Annual statistical returns and brief notes on vaccination in Bengal - 1887-1898
Year: 1887
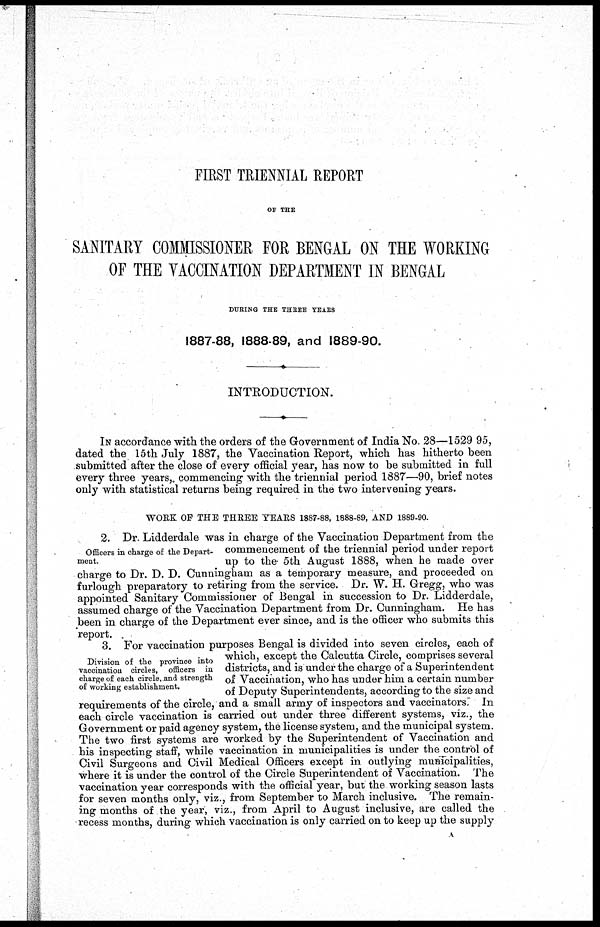
FIRST TRIENNIAL REPORT
OF THE
SANITARY COMMISSIONER FOR BENGAL ON THE WORKING
OF THE VACCINATION DEPARTMENT IN BENGAL
DURING THE THREE YEARS
1887-88, 1888-89, and 1889-90.
INTRODUCTION.
IN accordance with the orders of the Government of India No. 28—1529 95,
dated the 15th July 1887, the Vaccination Report, which has hitherto been
submitted after the close of every official year, has now to be submitted in full
every three years, commencing with the triennial period 1887—90, brief notes
only with statistical returns being required in the two intervening years.
WORK OF THE THREE YEARS 1887-88, 1888-89, AND 1889-90.
Officers in charge of the Depart-
ment.
2. Dr. Lidderdale was in charge of the Vaccination Department from the
commencement of the triennial period under report
up to the 5th August 1888, when he made over
charge to Dr. D. D. Cunningham as a temporary measure, and proceeded on
furlough preparatory to retiring from the service. Dr. W. H. Gregg, who was
appointed Sanitary Commissioner of Bengal in succession to Dr. Lidderdale,
assumed charge of the Vaccination Department from Dr. Cunningham. He has
been in charge of the Department ever since, and is the officer who submits this
report.
Division of the province into
vaccination circles, officers in
charge of each circle, and strength
of working establishment.
3. For vaccination purposes Bengal is divided into seven circles, each of
which, except the Calcutta Circle, comprises several
districts, and is under the charge of a Superintendent
of Vaccination, who has under him a certain number
of Deputy Superintendents, according to the size and
requirements of the circle, and a small army of inspectors and vaccinators. In
each circle vaccination is carried out under three different systems, viz., the
Government or paid agency system, the license system, and the municipal system.
The two first systems are worked by the Superintendent of Vaccination and
his inspecting staff, while vaccination in municipalities is under the control of
Civil Surgeons and Civil Medical Officers except in outlying municipalities,
where it is under the control of the Circle Superintendent of Vaccination. The
vaccination year corresponds with the official year, but the working season lasts
for seven months only, viz., from September to March inclusive. The remain-
ing months of the year, viz., from April to August inclusive, are called the
recess months, during which vaccination is only carried on to keep up the supply
A